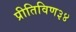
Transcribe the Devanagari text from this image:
प्रीतिविण३४